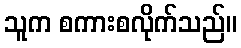
သူက စကားစလိုက်သည်။